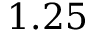
1 . 2 5